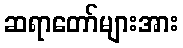
ဆရာတော်များအား